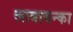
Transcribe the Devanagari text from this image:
लाबायन्का